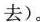
去)。